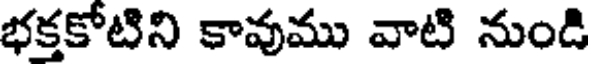
భక్తకోటిని కావుము వాటి నుండి